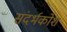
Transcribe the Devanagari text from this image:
संदर्भकोश